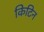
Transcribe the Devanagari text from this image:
किटिन